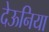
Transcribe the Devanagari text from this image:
देऊनिया